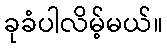
ခုခံပါလိမ့်မယ်။